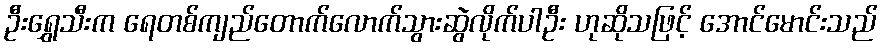
ဦးရွှေသီးက ရေတစ်ကျည်တောက်လောက်သွားဆွဲလိုက်ပါဦး ဟုဆိုသဖြင့် အောင်မောင်းသည်